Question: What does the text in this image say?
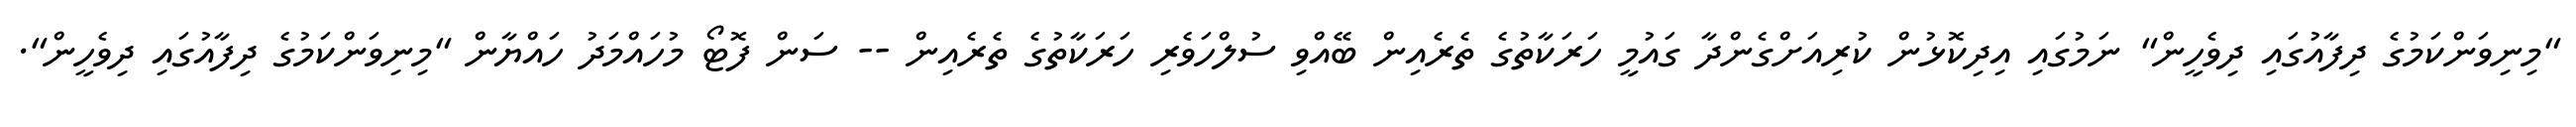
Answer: "މިނިވަންކަމުގެ ދިފާއުގައި ދިވެހީން" ނަމުގައި އިދިކޮޅުން ކުރިއަށްގެންދާ ގައުމީ ހަރަކާތުގެ ތެރެއިން ބޭއްވި ސުލްހަވެރި ހަރަކާތުގެ ތެރެއިން -- ސަން ފޮޓޯ މުހައްމަދު ހައްޔާން "މިނިވަންކަމުގެ ދިފާއުގައި ދިވެހީން".